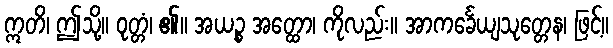
ဣတိ၊ ဤသို့။ ဝုတ္တံ၊ ၏။ အယဉ္စ အတ္ထော၊ ကိုလည်း။ အာကင်္ခေယျသုတ္တေန၊ ဖြင့်။